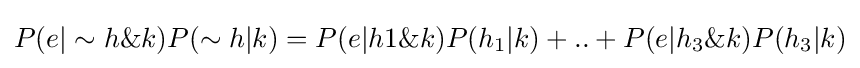
P(e|\sim h\&k)P(\sim h|k)=P(e|h1\&k)P(h_{1}|k)+..+P(e|h_{3}\&k)P(h_{3}|k)